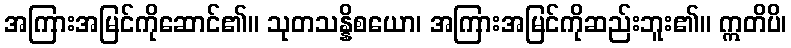
အကြားအမြင်ကိုဆောင်၏။ သုတသန္နိစယော၊ အကြားအမြင်ကိုဆည်းဘူး၏။ ဣတိပိ၊